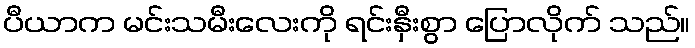
ပီယာက မင်းသမီးလေးကို ရင်းနှီးစွာ ပြောလိုက် သည်။